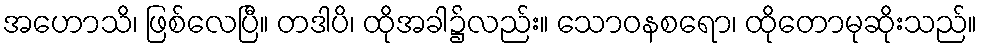
အဟောသိ၊ ဖြစ်လေပြီ။ တဒါပိ၊ ထိုအခါ၌လည်း။ သောဝနစရော၊ ထိုတောမုဆိုးသည်။